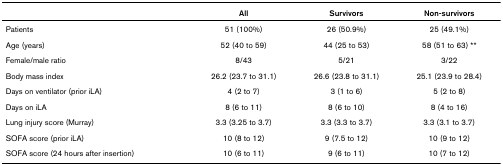
<table><thead><tr><td></td><td><b>All</b></td><td><b>Survivors</b></td><td><b>Non-survivors</b></td></tr></thead><tbody><tr><td>Patients</td><td>51 (100%)</td><td>26 (50.9%)</td><td>25 (49.1%)</td></tr><tr><td>Age (years)</td><td>52 (40 to 59)</td><td>44 (25 to 53)</td><td>58 (51 to 63) **</td></tr><tr><td>Female/male ratio</td><td>8/43</td><td>5/21</td><td>3/22</td></tr><tr><td>Body mass index</td><td>26.2 (23.7 to 31.1)</td><td>26.6 (23.8 to 31.1)</td><td>25.1 (23.9 to 28.4)</td></tr><tr><td>Days on ventilator (prior iLA)</td><td>4 (2 to 7)</td><td>3 (1 to 6)</td><td>5 (2 to 8)</td></tr><tr><td>Days on iLA</td><td>8 (6 to 11)</td><td>8 (6 to 10)</td><td>8 (4 to 16)</td></tr><tr><td>Lung injury score (Murray)</td><td>3.3 (3.25 to 3.7)</td><td>3.3 (3.3 to 3.7)</td><td>3.3 (3.1 to 3.7)</td></tr><tr><td>SOFA score (prior iLA)</td><td>10 (8 to 12)</td><td>9 (7.5 to 12)</td><td>10 (9 to 12)</td></tr><tr><td>SOFA score (24 hours after insertion)</td><td>10 (6 to 11)</td><td>9 (6 to 11)</td><td>10 (7 to 12)</td></tr></tbody></table>